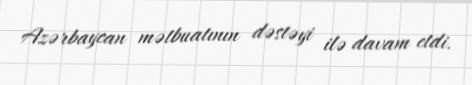
Azərbaycan mətbuatının dəstəyi ilə davam etdi.